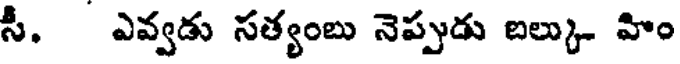
సీ. ఎవ్వడు సత్యంబు నెప్పుడు బల్కు- హిం